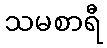
သမစာရီ